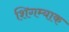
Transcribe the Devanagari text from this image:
शिगम्याक